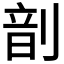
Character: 𫦊